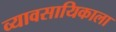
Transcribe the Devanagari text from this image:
व्यावसायिकाला